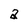
Character: a